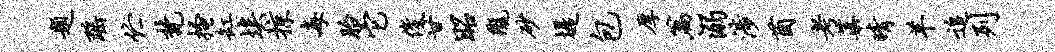
题瑶伫梵搔缸埃掠每胎它俊甘昭陇砂堤包厚篇溺涉茵考蕖晴羊追列